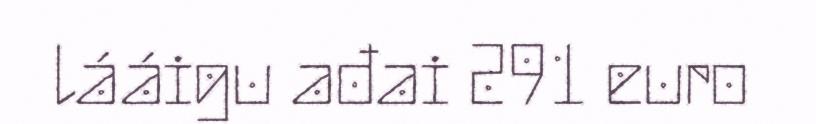
lááigu ađai 291 euro